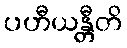
ပဟီယန္တီတိ